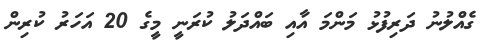
ގެއްލުނު ދަރިފުޅު މަންމަ އާއި ބައްދަލު ކުރަނީ މީގެ 20 އަހަރު ކުރިން